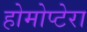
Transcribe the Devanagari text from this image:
होमोप्टेरा